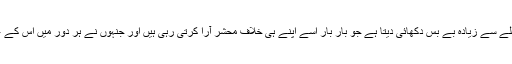
دوسری طرف خود انسان کا اپنا یہ حال ہے کہ وہ شیطانی اور تخریبی قوتوں کے پنجے میں پہلے سے زیادہ بے بس دکھائی دیتا ہے جو بار بار اسے اپنے ہی خلاف محشر آرا کرتی رہی ہیں اور جنہوں نے ہر دور میں اس کے عظیم تعمیری کارناموں اور اس کے شاندار تمدنوں کو خود اسی کے ہاتھوں ملیامیٹ کرایا ہے۔